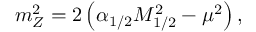
m _ { Z } ^ { 2 } = 2 \left( \alpha _ { 1 / 2 } M _ { 1 / 2 } ^ { 2 } - \mu ^ { 2 } \right) ,